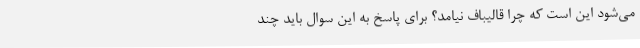
می‌شود این است که چرا قالیباف نیامد؟ برای پاسخ به این سوال باید چند